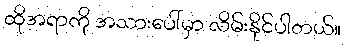
ထိုအရာကို အသားပေါ်မှာ လိမ်းနိုင်ပါတယ်။